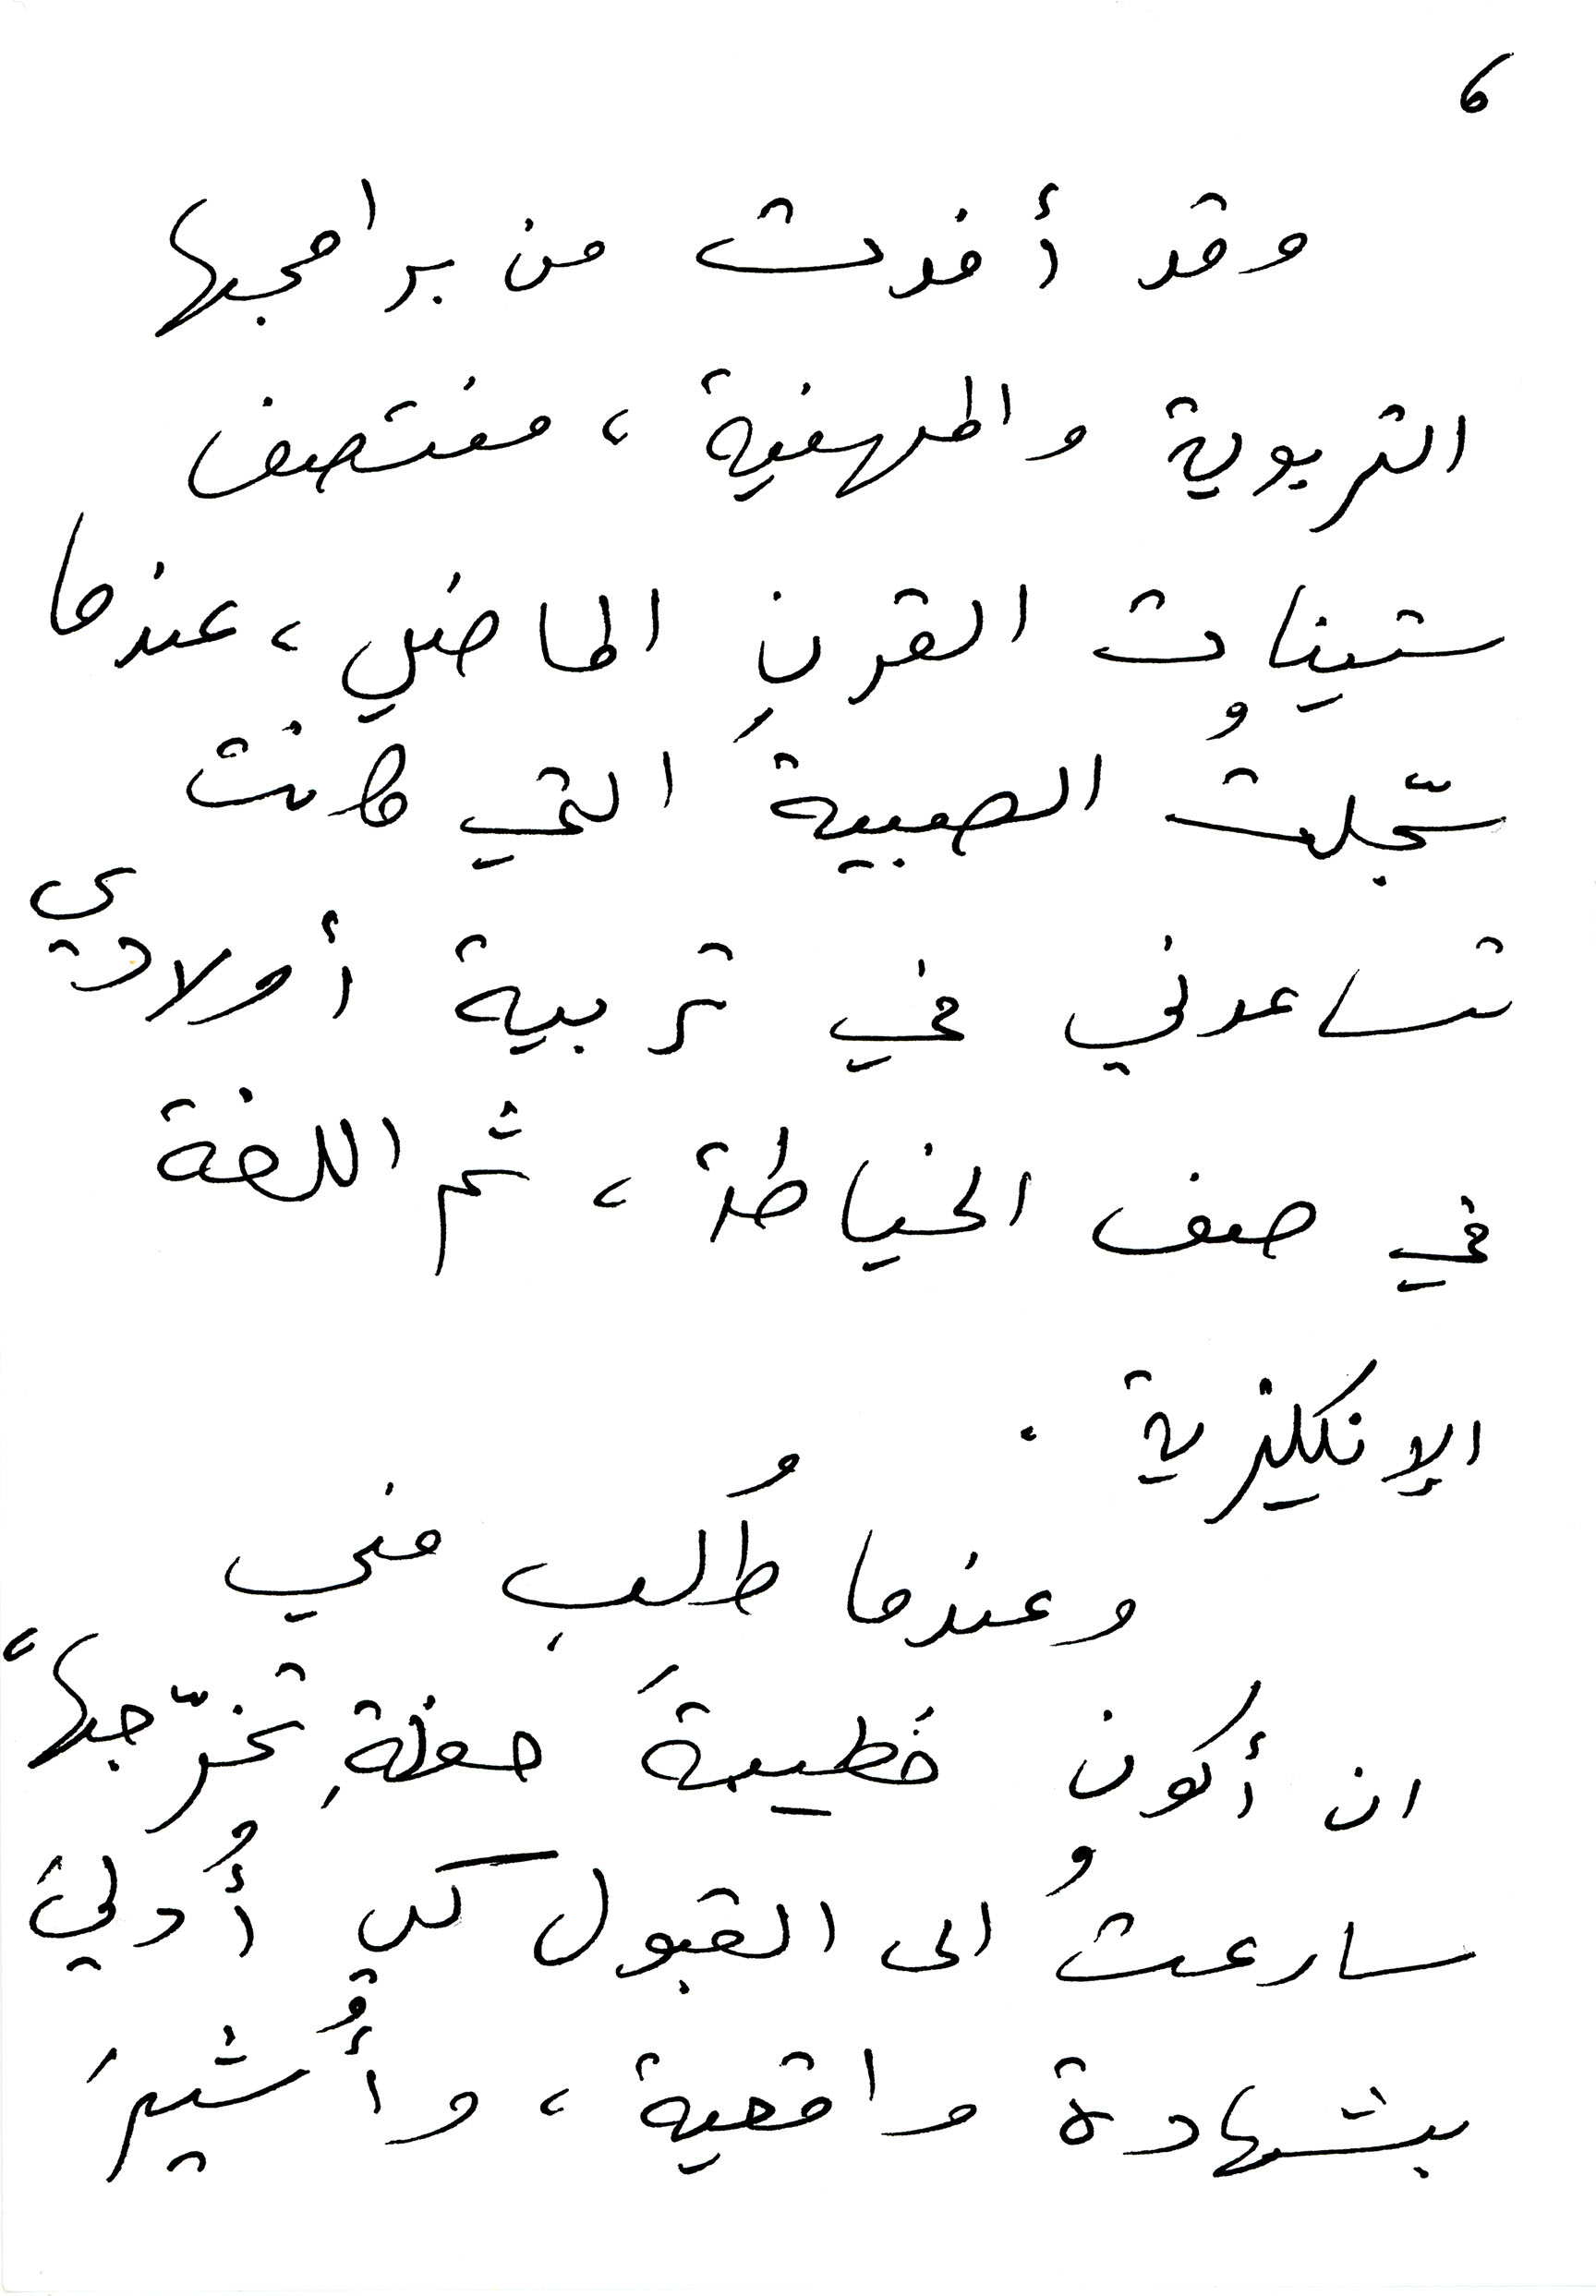
وقد أفدت من برامجها
6
التربوية والمهنية، منتصف
ستينات القرنٍِِ الماضي، عندما
سجّلتُ الصبية التي كانت
تساعدني في تربية أولادي
في صف الخياطة، ثم اللغة
الإنكليزية.
وعندما طُلِب مني
ان أكون خطيبة حفلةِ تخرّجها
سارعتُ الى القبول كي أُدليَ
بشهادة واقعية، وأُشيرَ